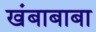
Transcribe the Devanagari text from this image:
खंबाबाबा